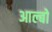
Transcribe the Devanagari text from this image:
आल्बो